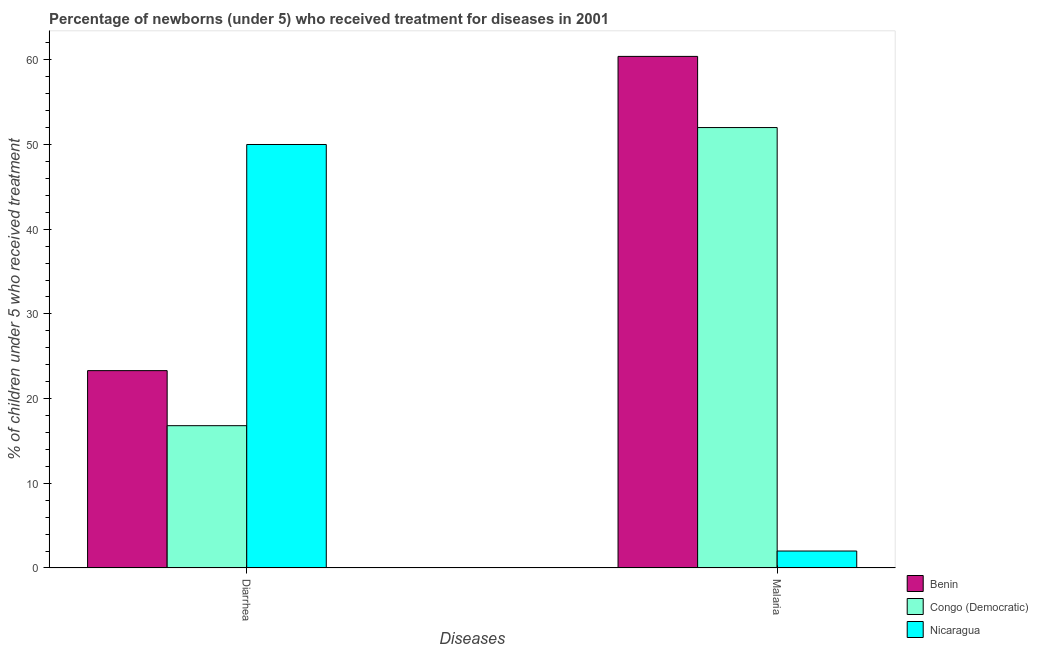
| Diseases | Benin | Congo (Democratic) | Nicaragua |
 | --- | --- | --- | --- |
 | Diarrhea | 23.3 | 16.8 | 50 |
 | Malaria | 60.4 | 52 | 2 |